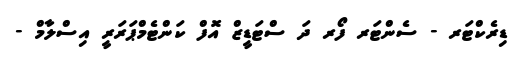
ޑިރެކްޓަރ - ސެންޓަރ ފޯރ ދަ ސްޓަޑީޒް އޮފް ކަންޓެމްޕަރަރީ އިސްލާމް -